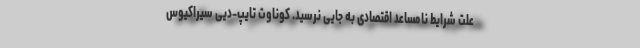
علت شرایط نامساعد اقتصادی به جایی نرسید. کوناوت تایپ-دیی سیراکیوس